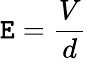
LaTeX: \mathtt{E}={\frac{{V}}{{d}}}